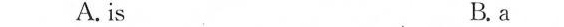
A. is B.a